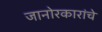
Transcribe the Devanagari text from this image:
जानोरकारांचे